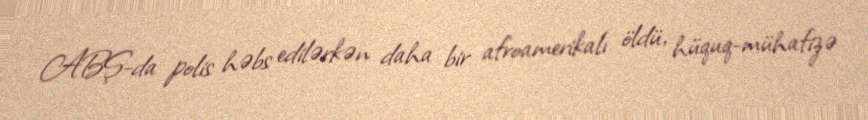
ABŞ-da polis həbs edilərkən daha bir afroamerikalı öldü, hüquq-mühafizə